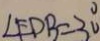
\angle E D B = 3 0 ^ { \circ }